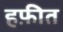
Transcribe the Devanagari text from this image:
हफ़ीत